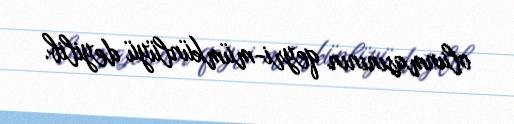
olunmasınının qeyri-mümkünlüyü deyilib.